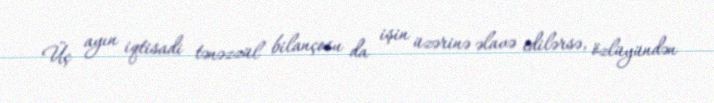
Üç ayın iqtisadi tənəzzül bilançosu da işin üzərinə əlavə edilərsə, özlüyündən